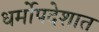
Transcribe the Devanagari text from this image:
धर्मोपदेशात